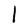
Character: l